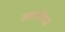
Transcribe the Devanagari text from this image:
साओयार